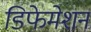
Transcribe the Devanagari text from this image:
डिफेमेशन